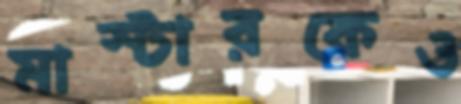
মাস্টারকেও